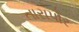
તારાપોર